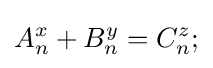
A_{n}^{x}+B_{n}^{y}=C_{n}^{z};